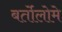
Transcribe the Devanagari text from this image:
बर्तोलोमे